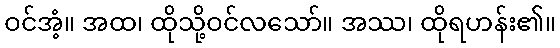
ဝင်အံ့။ အထ၊ ထိုသို့ဝင်လသော်။ အဿ၊ ထိုရဟန်း၏။